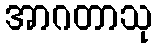
အာဂတာသု